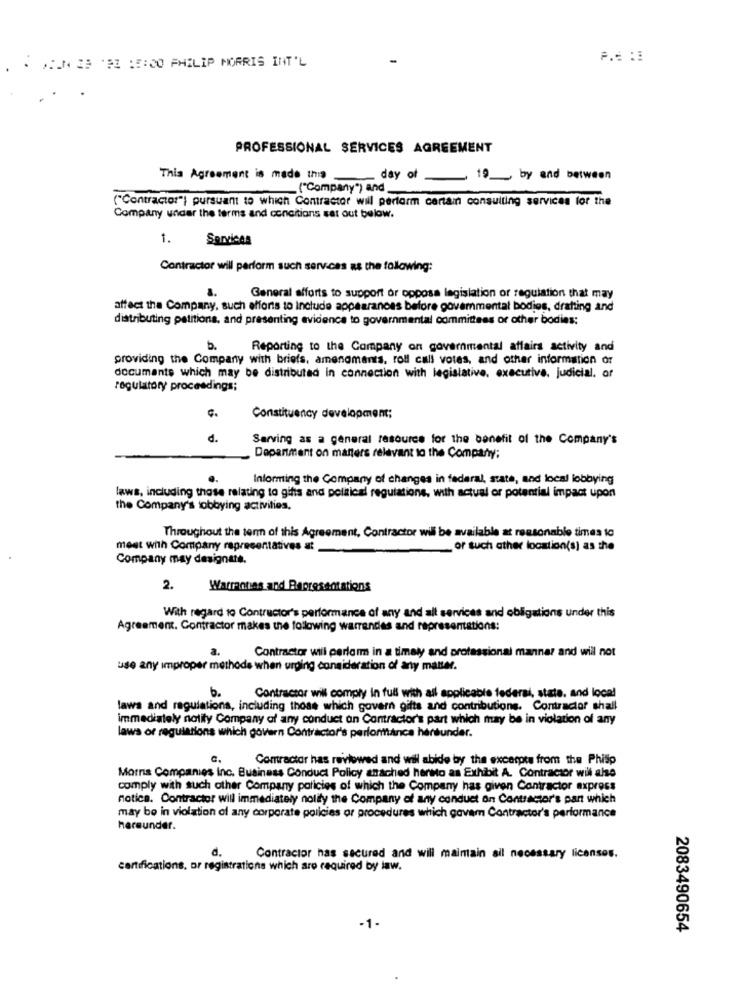
DEL 29 '22 15:00 PHILIP MORRIS INT'L
PROFESSIONAL SERVICES AGREEMENT
This Agreement is made this
day of
019 by and between
("Company") and
("Contractor") pursuant to which Contractor wil perform cantan consulting services for the
Company under the terms and conditions sat out below.
1.
Services
Contractor will perform such services as the following:
General efforts to support or opposa legislation or regulation that may
affect the Company, such efforts to Include appearances before govemmental bodies, drafting and
distributing petitions, and presenting evidence to governmental committees or other bodies:
5.
Reporting to the Company on governmental affairs activity and
providing the Company with briefs, amenomants, roll call votes, and other information or
documents which may be distributed in connection with legislative, executive, judicial. of
regulatory proceedings;
Ç.
Constituency development;
d.
Sarving as a general resource for the benefit of the Company's
Department on matters relevant to the Company;
Informing the Company of changes in federal, state, and local lobbying
laws, including those relating to gifts and political regulations, with actual or potential impact upon
the Company's lobbying activities,
Throughout the term of this Agreement, Contractor will be available at reasonable times to
meet with Company representatives at
or such other location(s) as the
Company may designate.
2.
Warrotas and Representations
With regard to Contructor's performance of any and all services and obligations under this
Agreement. Contractor makes the following warrendes and representations:
Contractor will perform in a timely and professional manner and wil not
use any improper methode when urping consideration of any matter.
6.
Contractor will comply in full with all applicable federal, state, and local
laws and regulations, including those which govern gifts and contributions. Contractor shall
immediately notify Company of any conduct on Contractor's part which may be in violation of any
laws of regulations which govern Contractor's performance herunder.
c.
Contractor has reviewed and will abide by the excerpts from the Phisp
Morris Companies inc. Business Conduct Policy anached herno as Exhibit A. Contractor will also
comply with such other Company policies of which the Company has given Contractor express
notica. Contractor will immediately notify the Company of any conduct on Contractor's pant which
may be in violation of any corporate policies or procedures which govam Contractor's performance
hereunder.
d.
Contractor has secured and will maintain ail necessary licenses.
certifications, or registrations which aro required by law.
-1-
2083490654